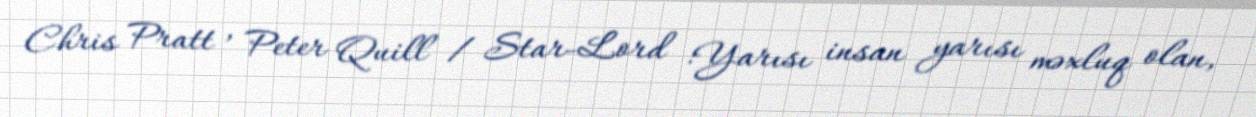
Chris Pratt , Peter Quill / Star-Lord :Yarısı insan yarısı məxluq olan,